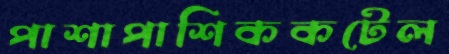
পাশাপাশিককটেল